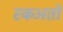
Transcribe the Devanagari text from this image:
रकअतों